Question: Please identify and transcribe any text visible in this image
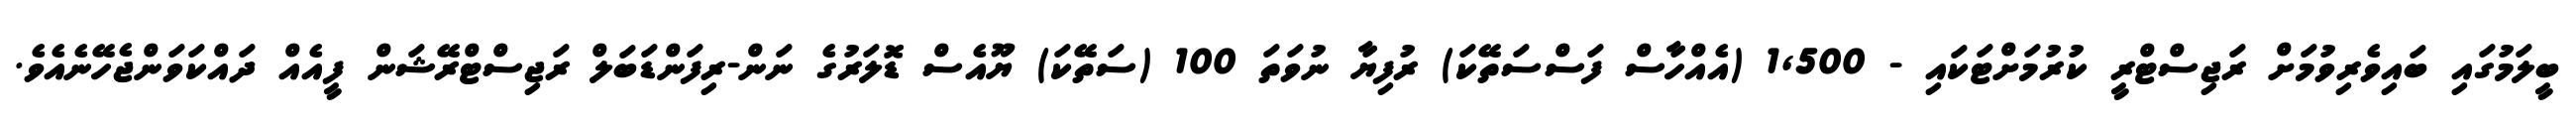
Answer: ބީލަމުގައި ބައިވެރިވުމަށް ރަޖިސްޓްރީ ކުރުމަށްޓަކައި - 1,500 (އެއްހާސް ފަސްސަތޭކަ) ރުފިޔާ ނުވަތަ 100 (ސަތޭކަ) ޔޫއެސް ޑޮލަރުގެ ނަން-ރިފަންޑަބަލް ރަޖިސްޓްރޭޝަން ފީއެއް ދައްކަވަންޖެހޭނެއެވެ.